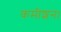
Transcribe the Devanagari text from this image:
कमीशन।